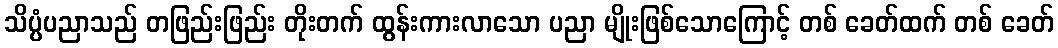
သိပ္ပံပညာသည် တဖြည်းဖြည်း တိုးတက် ထွန်းကားလာသော ပညာ မျိုးဖြစ်သောကြောင့် တစ် ခေတ်ထက် တစ် ခေတ်